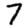
Digit: 7